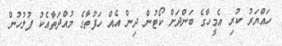
ހައްޔަރު ކުރި އެމީހާގެ ބަންދަށް ކޯޓުން ދިން އެއް ހަފުތާގެ މުއްދަތާއެކު ފުލުހުން